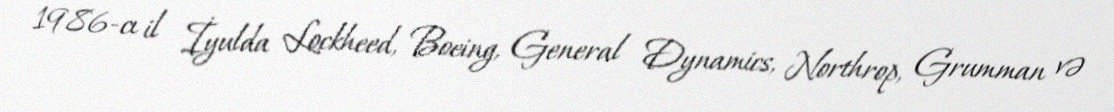
1986-cı il İyulda Lockheed, Boeing, General Dynamics, Northrop, Grumman və